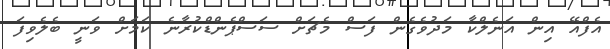
އެފްއޭ އިން އަނެލްކާ މަދުވެގެން ފަސް މެޗަށް ސަސްޕެންޑްކުރާނެ ކަމަށް ވަނީ ބެލެވިފަ